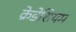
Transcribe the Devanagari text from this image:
क्रेडेशियम